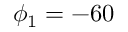
\phi _ { 1 } = - 6 0